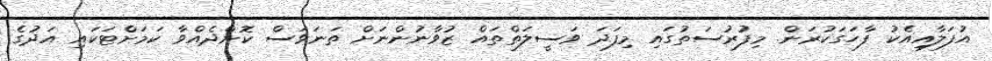
އުފަލާއިއެކު ފާހަގަކުރަން. މިފުރުސަތުގައި މިފަދަ ވަސީލަތްތައް ޒުވާނުންނަށް ތަނަވަސް ކޮށްދެއްވާ ކަމަށްޓަކައި އަދުގެ